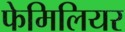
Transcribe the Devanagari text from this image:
फेमिलियर